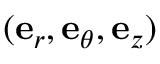
( \mathbf { e } _ { r } , \mathbf { e } _ { \theta } , \mathbf { e } _ { z } )